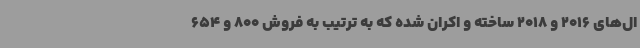
ال‌های 2016 و 2018 ساخته و اکران شده که به ترتیب به فروش 800 و 654